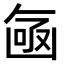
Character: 𠚗